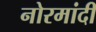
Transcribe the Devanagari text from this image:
नोरमांदी